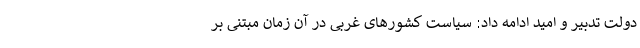
دولت تدبیر و امید ادامه داد: سیاست کشورهای غربی در آن زمان مبتنی بر